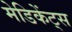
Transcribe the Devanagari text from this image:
मेडिकेंट्स